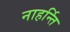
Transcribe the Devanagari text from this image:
नाहर्न्ति